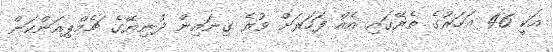
އަކީ 46 އަހަރުގެ ތެރޭގައި އެއް ފަހަރަށް ވުރެ ގިނައިން ދުނިޔޭގެ ޗެމްޕިއަންކަން